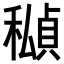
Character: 𥢆